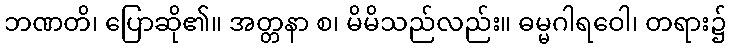
ဘဏတိ၊ ပြောဆို၏။ အတ္တနာ စ၊ မိမိသည်လည်း။ ဓမ္မဂါရဝေါ၊ တရား၌